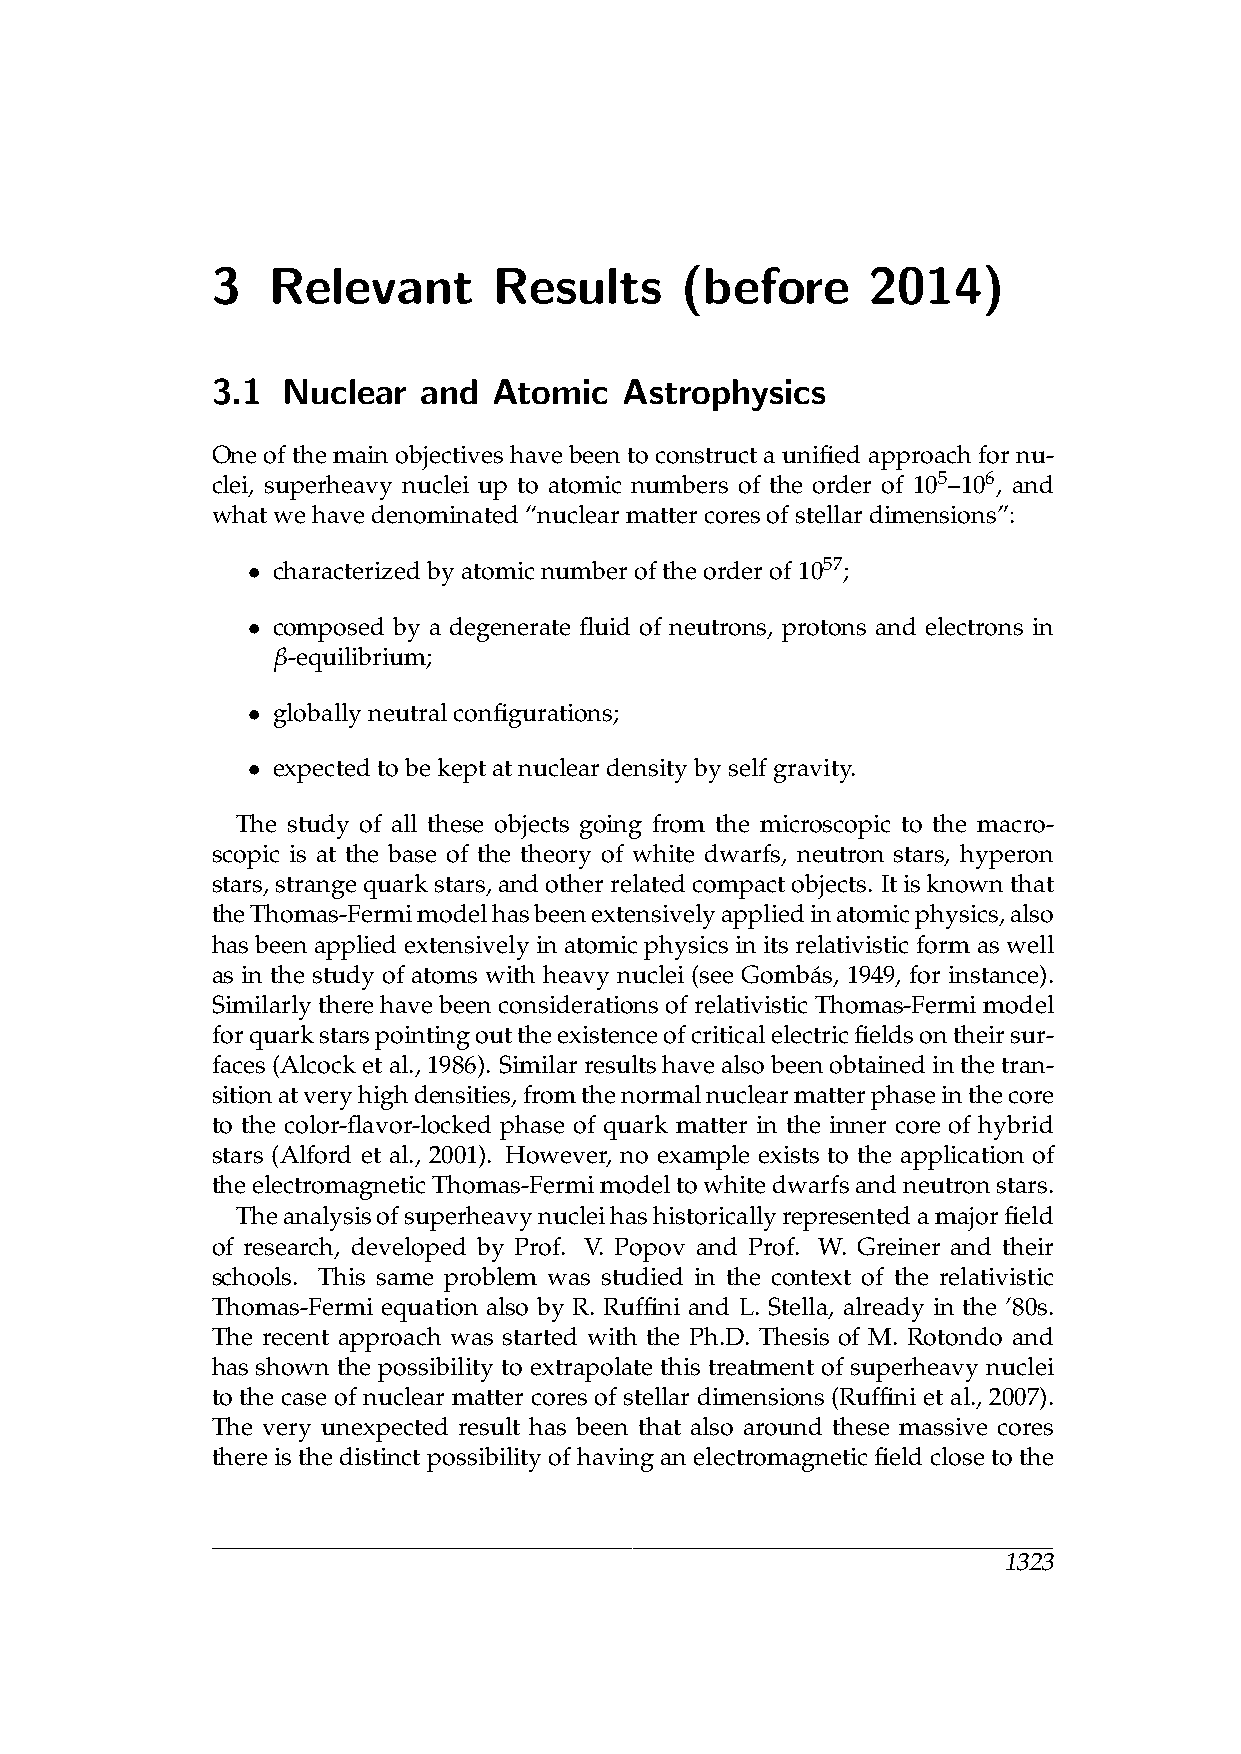
3   Relevant       Results     (before     2014)
 3.1  Nuclear  and  Atomic  Astrophysics
 One of the main objectives have been to construct a unified approach for nu-
 clei, superheavy nuclei up to atomic numbers of the order of 105–106, and
 whatwehavedenominated“nuclearmattercoresofstellardimensions”:
 characterizedbyatomicnumberoftheorderof1057;
 •
 composed by a degenerate fluid of neutrons, protons and electrons in
 •
 β-equilibrium;
 globallyneutralconfigurations;
 •
 expectedtobekeptatnucleardensitybyselfgravity.
 •
 The study of all these objects going from the microscopic to the macro-
 scopic is at the base of the theory of white dwarfs, neutron stars, hyperon
 stars,strangequarkstars,andotherrelatedcompactobjects. Itisknownthat
 theThomas-Fermimodelhasbeenextensivelyappliedinatomicphysics,also
 has been applied extensively in atomic physics in its relativistic form as well
 as in the study of atoms with heavy nuclei (see Gomba´s, 1949, for instance).
 Similarly there have been considerations of relativistic Thomas-Fermi model
 forquarkstarspointingouttheexistenceofcriticalelectricfieldsontheirsur-
 faces(Alcocketal.,1986). Similarresultshavealsobeenobtainedinthetran-
 sitionatveryhighdensities,fromthenormalnuclearmatterphaseinthecore
 to the color-flavor-locked phase of quark matter in the inner core of hybrid
 stars (Alford et al., 2001). However, no example exists to the application of
 theelectromagneticThomas-Fermimodeltowhitedwarfsandneutronstars.
 Theanalysisofsuperheavynucleihashistoricallyrepresentedamajorfield
 of research, developed by Prof. V. Popov and Prof. W. Greiner and their
 schools. This same problem was studied in the context of the relativistic
 Thomas-Fermi equation also by R. Ruffini and L. Stella, already in the ’80s.
 The recent approach was started with the Ph.D. Thesis of M. Rotondo and
 has shown the possibility to extrapolate this treatment of superheavy nuclei
 to the case of nuclear matter cores of stellar dimensions (Ruffini et al., 2007).
 The very unexpected result has been that also around these massive cores
 there is the distinct possibility of having an electromagnetic field close to the
 1323